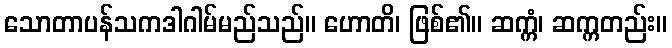
သောတာပန်သကဒါဂါမ်မည်သည်။ ဟောတိ၊ ဖြစ်၏။ ဆက္ကံ၊ ဆက္ကတည်း။